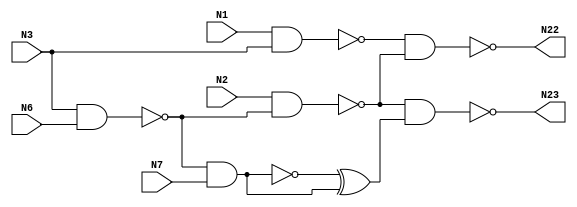
// Verilog
// c17
// Ninputs 5

module c17 (N1,N2,N3,N6,N7,N22,N23);

input N1,N2,N3,N6,N7;

output N22,N23;

wire N10,N11,N16,N19,N24,N25;

nand NAND2_1 (N10, N1, N3);

nand NAND2_2 (N11, N3, N6);

nand NAND2_3 (N16, N2, N11);

nand NAND2_4 (N19, N11, N7);

and AND2_1 (N24, N11, N7);

xor XOR2_1 (N25, N19, N24);

nand NAND2_5 (N22, N10, N16);

nand NAND2_6 (N23, N16, N25);

endmodule